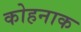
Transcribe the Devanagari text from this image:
कोहनाक